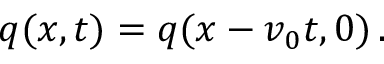
q ( x , t ) = q ( x - v _ { 0 } t , 0 ) \, .